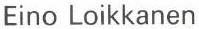
Eino Loikkanen